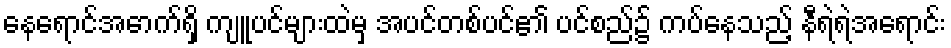
နေရောင်အောက်ရှိ ကျူပင်များထဲမှ အပင်တစ်ပင်၏ ပင်စည်၌ ကပ်နေသည့် နီရဲရဲအရောင်း